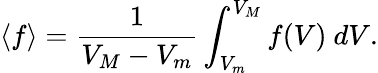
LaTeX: \langle f\rangle=\frac{1}{V_{M}-V_{m}}\int_{V_{m}}^{V_{M}}f(V)~dV.